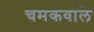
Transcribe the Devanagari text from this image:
चमकवाले